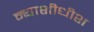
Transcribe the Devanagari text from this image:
न्‍याशीधीश